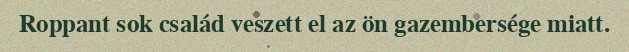
Roppant sok család veszett el az ön gazembersége miatt.